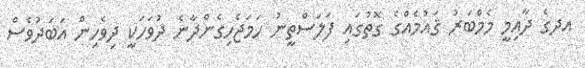
އދގެ ދާއިމީ މެމްބަރު ޤައުމެއްގެ ގޮތުގައި ފަލަސްތީނު ހަމަޖެހިގެންދާނެ ދުވަހަކީ ދިވެހިން އަބަދުވެސް